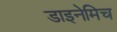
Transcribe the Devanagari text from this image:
डाइनेमिच